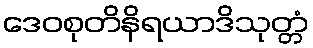
ဒေဝစုတိနိရယာဒိသုတ္တံ